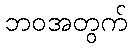
ဘဝအတွက်